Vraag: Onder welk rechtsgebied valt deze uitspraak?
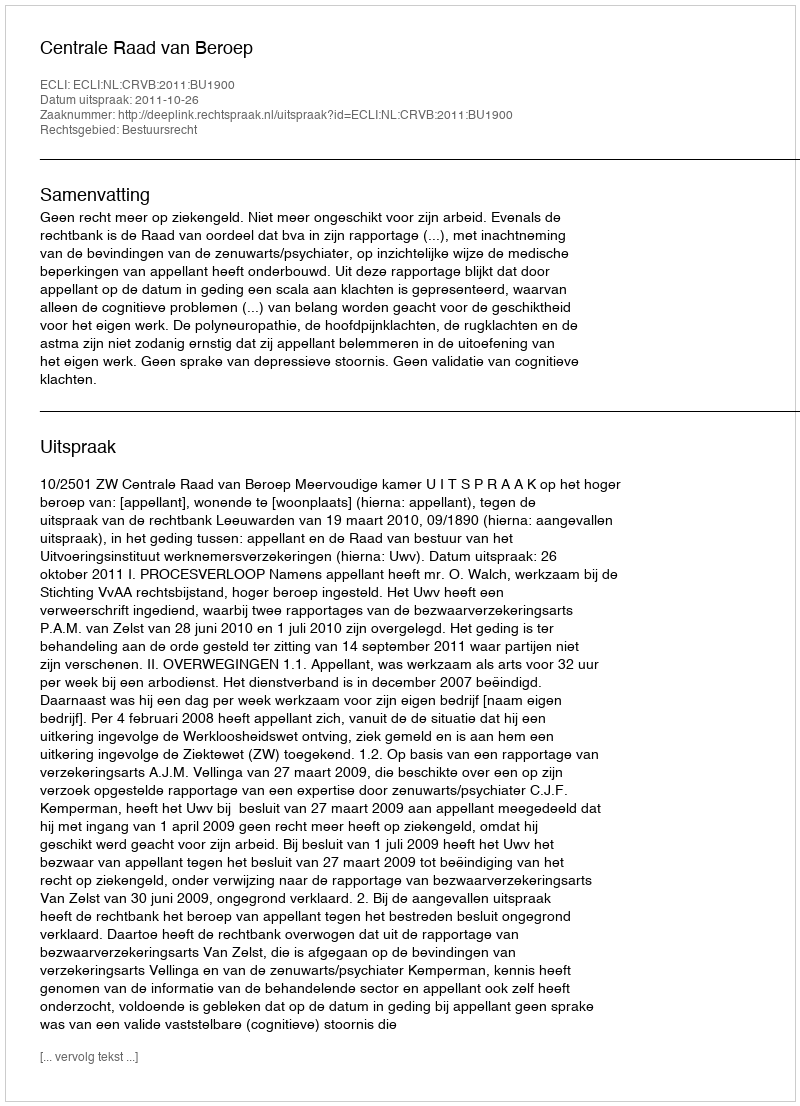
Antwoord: Bestuursrecht